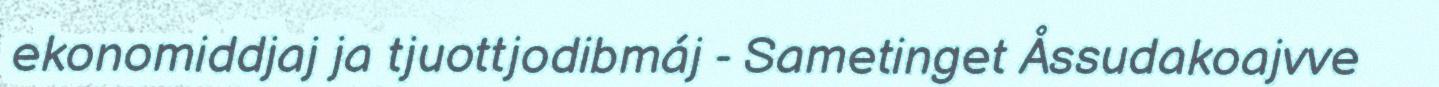
ekonomiddjaj ja tjuottjodibmáj - Sametinget Åssudakoajvve